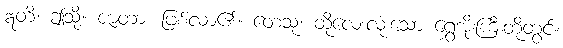
ဣတိ၊ ဤသို့။ ဇာတာ၊ ဖြစ်လာ၏။ တေသု၊ ထိုလေးလုံးသော ရွှေအိုးကြီးတို့တွင်။